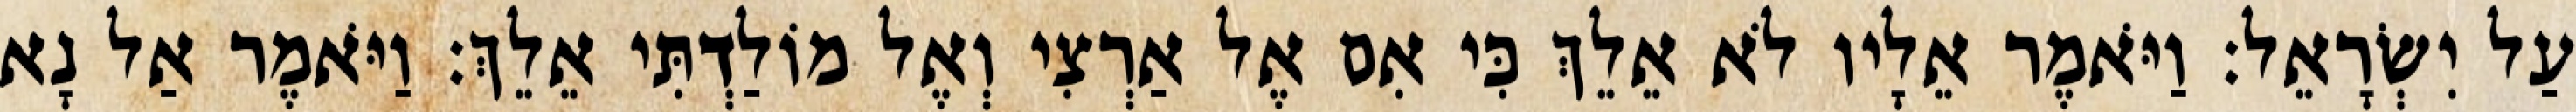
עַל יִשְׂרָאֵל׃ וַיֹּאמֶר אֵלָיו לֹא אֵלֵךְ כִּי אִם אֶל אַרְצִי וְאֶל מוֹלַדְתִּי אֵלֵךְ׃ וַיֹּאמֶר אַל נָא